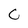
Character: C